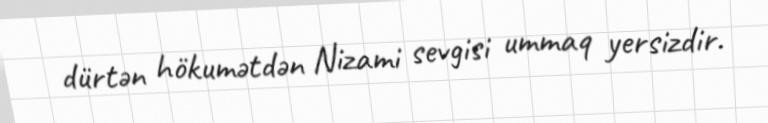
dürtən hökumətdən Nizami sevgisi ummaq yersizdir.